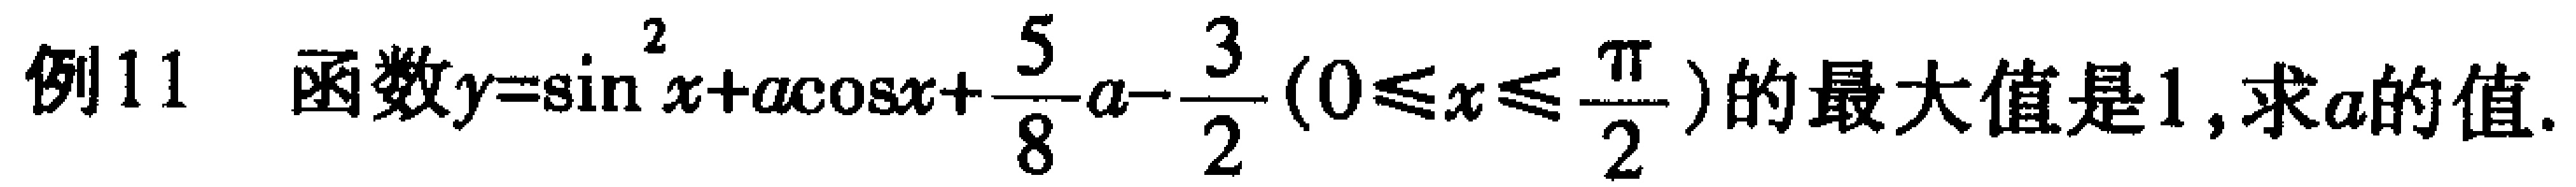
例11 函数\(y = \sin^{2}x + a\cos x+\frac{5}{8}a - \frac{3}{2}(0\leqslant x\leqslant\frac{\pi}{2})\)的最大值是\(1\)，求\(a\)的值.